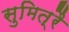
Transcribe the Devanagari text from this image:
सुमित्रै